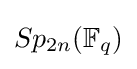
Sp_{2n}(\mathbb {F} _{q})